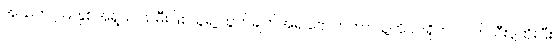
အသက် ၂၉ နှစ်အရွယ် သမီးဖြစ်သူရဲ့ ထွက်ချက်အရ ဗေလာဟာ သူ့ကို ပါးရိုက်၊ လက်သီးနဲ့ထိုးပြီး